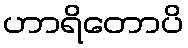
ဟာရိတောပိ